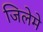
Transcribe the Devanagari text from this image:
जिलेमे